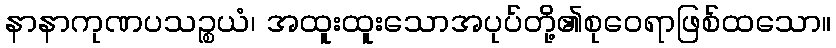
နာနာကုဏပသဉ္စယံ၊ အထူးထူးသောအပုပ်တို့၏စုဝေရာဖြစ်ထသော။